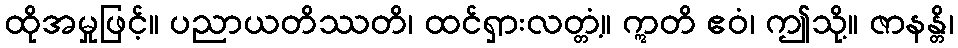
ထိုအမှုဖြင့်။ ပညာယတိဿတိ၊ ထင်ရှားလတ္တံ့။ ဣတိ ဧဝံ၊ ဤသို့။ ဇာနန္တိ၊